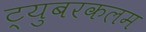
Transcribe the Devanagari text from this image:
ट्युबरकलम